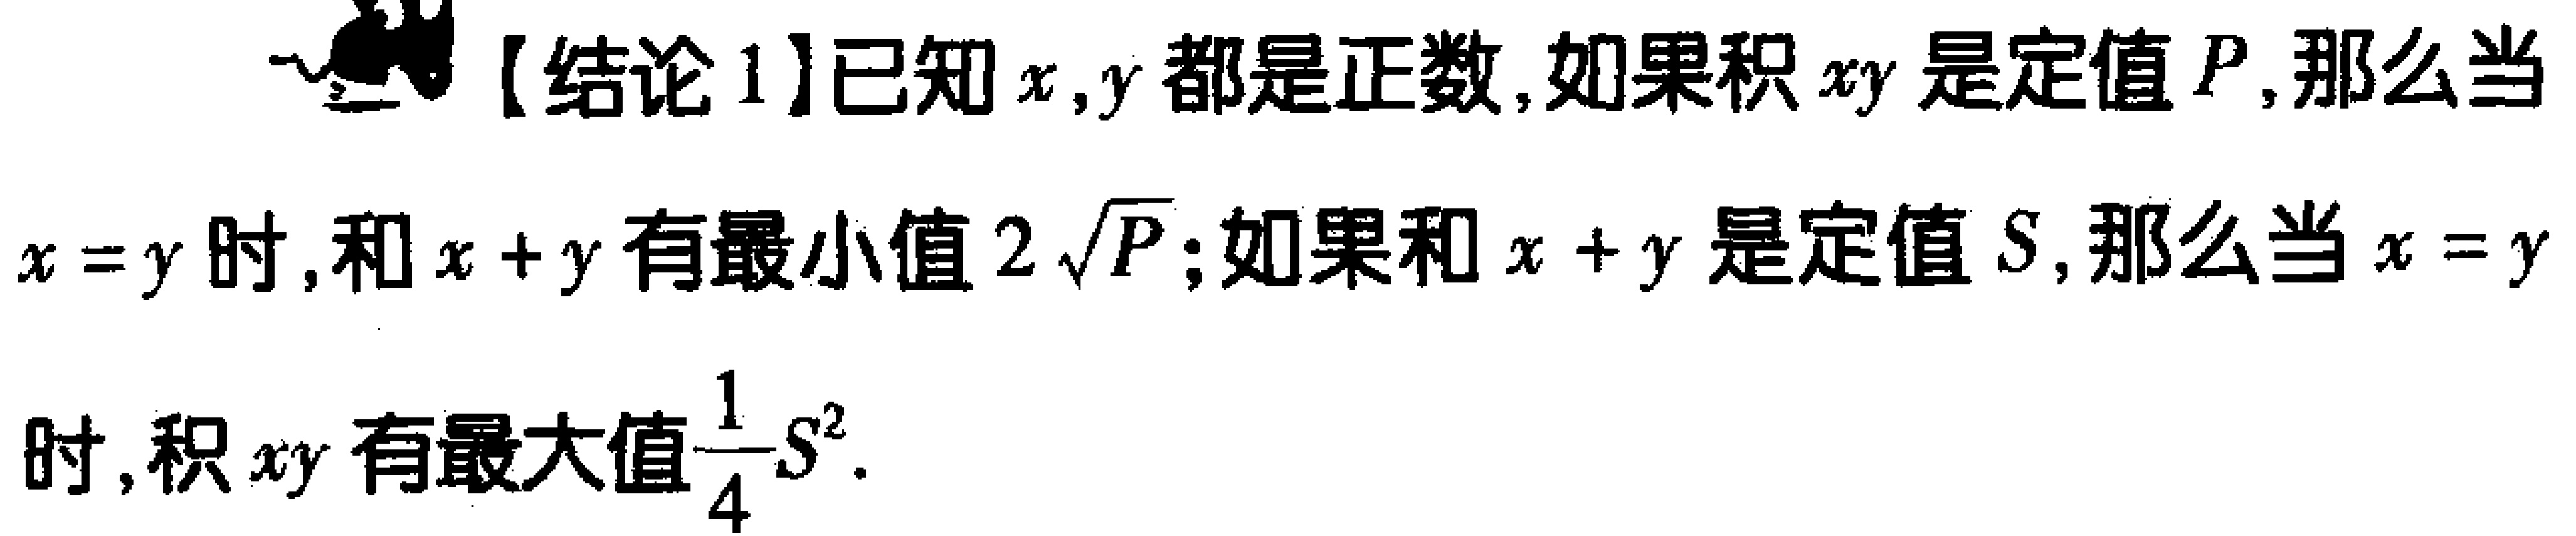
【结论1】已知\(x,y\)都是正数，如果积\(xy\)是定值\(P\)，那么当\(x = y\)时，和\(x + y\)有最小值\(2\sqrt{P}\)；如果和\(x + y\)是定值\(S\)，那么当\(x = y\)时，积\(xy\)有最大值\(\frac{1}{4}S^{2}\)。